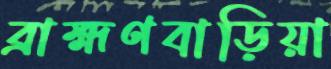
ব্রাহ্মণবাড়িয়া